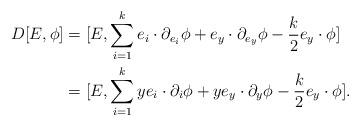
LaTeX: \begin{align*} D[E,\phi]&=[E,\sum_{i=1}^k e_i\cdot \partial_{e_i} \phi + e_y\cdot\partial_{e_y} \phi - \frac{k}{2} e_y\cdot \phi]\\&=[E,\sum_{i=1}^k y e_i\cdot \partial_i \phi + y e_y\cdot \partial_y \phi -\frac{k}{2} e_y\cdot \phi].\end{align*}